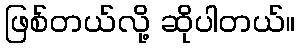
ဖြစ်တယ်လို့ ဆိုပါတယ်။